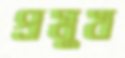
প্রমুখ